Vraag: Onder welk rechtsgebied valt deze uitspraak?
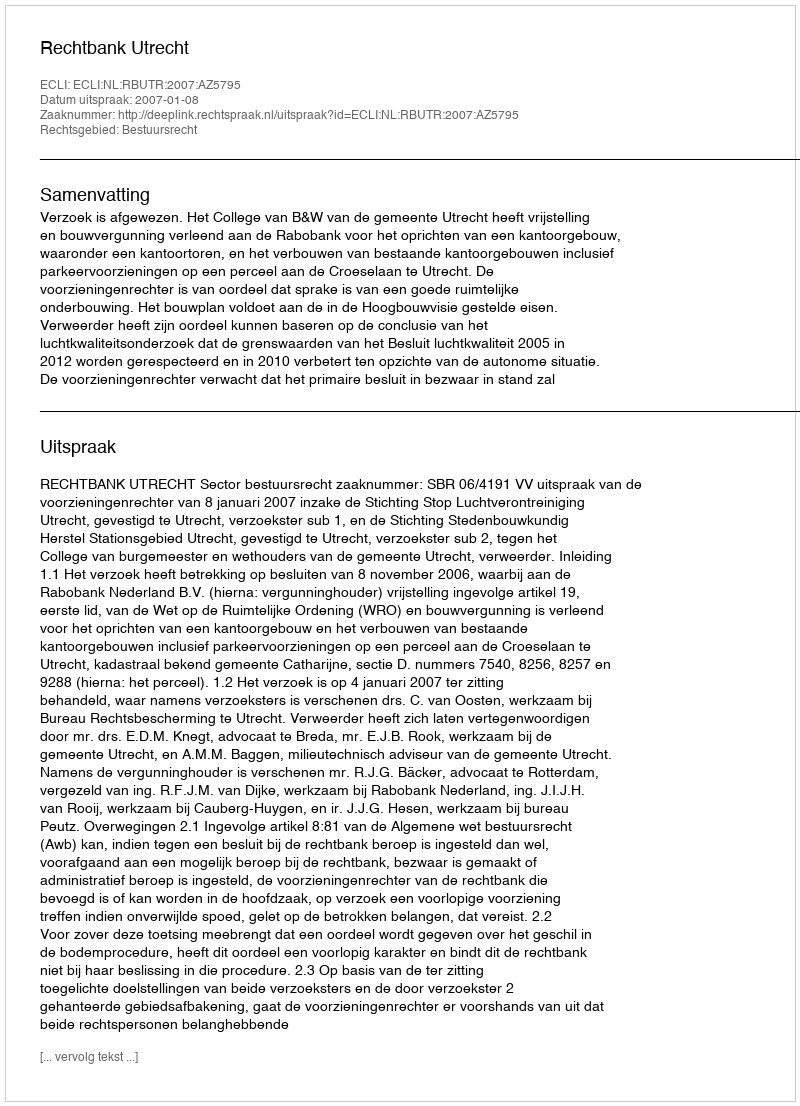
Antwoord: Bestuursrecht